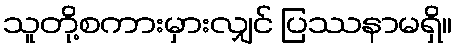
သူတို့စကားမှားလျှင် ပြဿနာမရှိ။